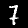
Label: 7